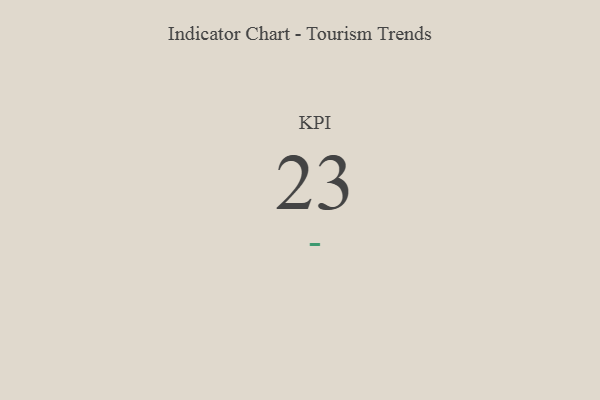
{"axis": {"x": "KPI", "y": "Value"}, "legend": [""], "data": [{"x": "KPI", "y": 23, "type": ""}]}